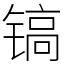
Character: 镐